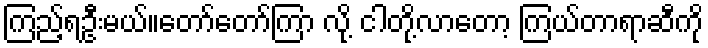
ကြည့်ရဦးမယ်။တော်တော်ကြာ လို့ ငါတို့လာတော့ ကြယ်တာရာဆီကို